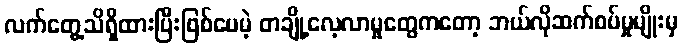
လက်တွေ့သိရှိထားပြီးဖြစ်ပေမဲ့ တချို့လေ့လာမှုတွေကတော့ ဘယ်လိုဆက်စပ်မှုမျိုးမှ